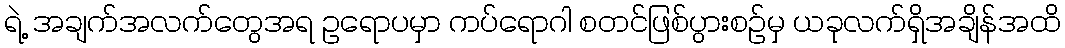
ရဲ့ အချက်အလက်တွေအရ ဥရောပမှာ ကပ်ရောဂါ စတင်ဖြစ်ပွားစဥ်မှ ယခုလက်ရှိအချိန်အထိ